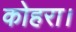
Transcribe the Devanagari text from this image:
कोहरा।